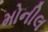
મોનીલ